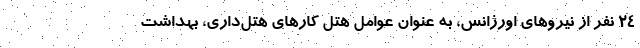
۲۴ نفر از نیروهای اورژانس، به عنوان عوامل هتل کارهای هتل‌داری، بهداشت